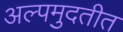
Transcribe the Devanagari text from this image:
अल्पमुदतीत